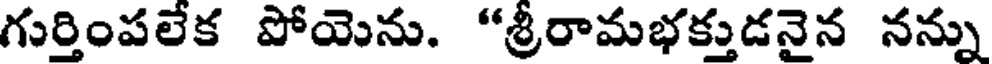
గుర్తింపలేక పోయెను. "శ్రీరామభక్తుడనైన నన్ను